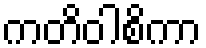
ကတိဝါစိကာ